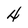
Character: 4